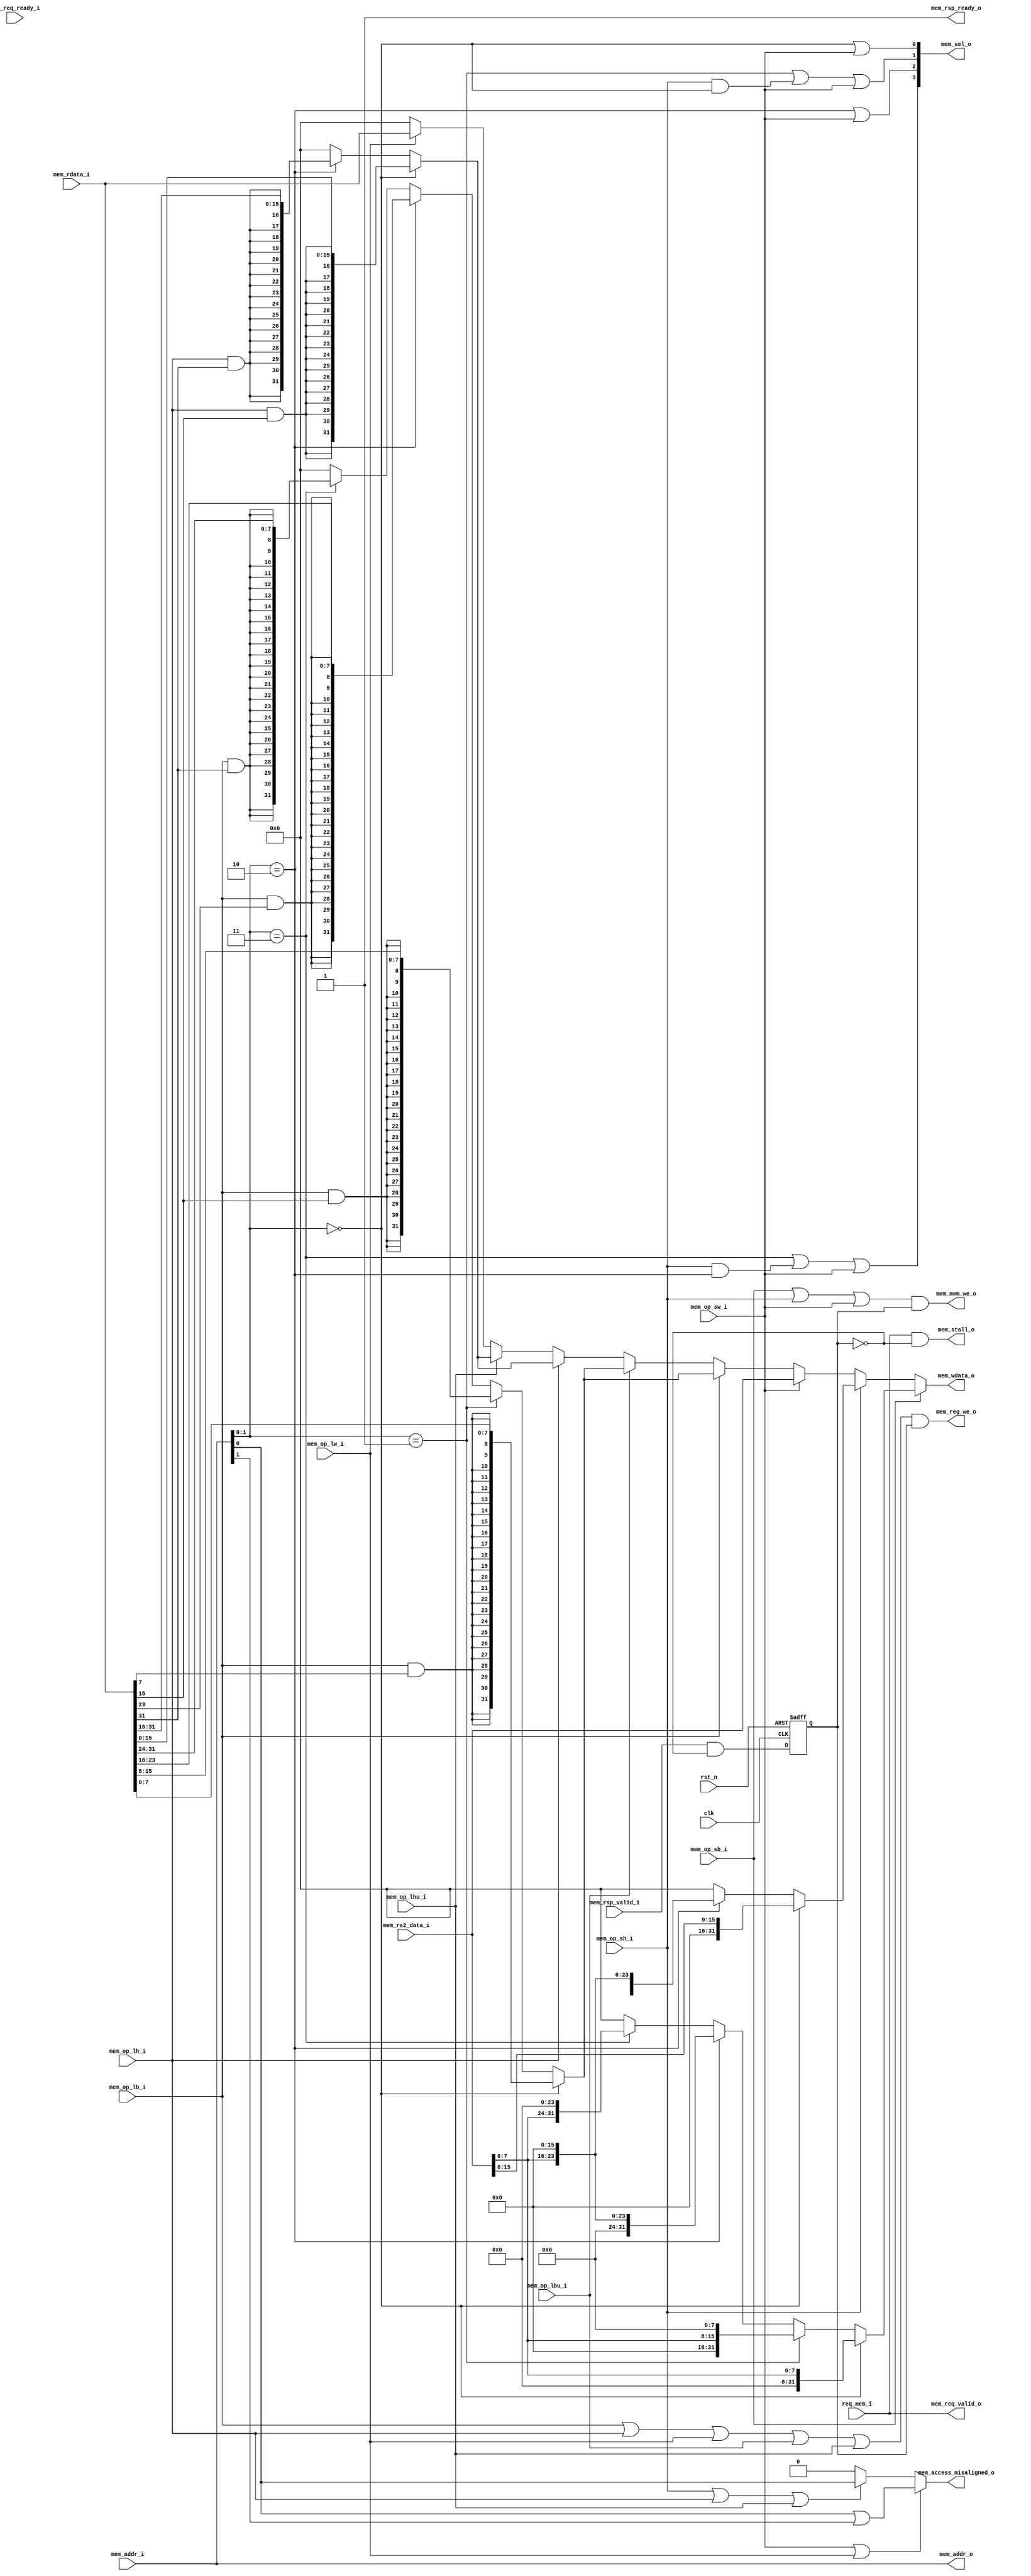
module exu_mem(

    input wire clk,
    input wire rst_n,

    input req_mem_i,
    input wire[31:0] mem_addr_i,
    input wire[31:0] mem_rs2_data_i,
    input wire[31:0] mem_rdata_i,
    input wire mem_req_ready_i,
    input wire mem_rsp_valid_i,
    input wire mem_op_lb_i,
    input wire mem_op_lh_i,
    input wire mem_op_lw_i,
    input wire mem_op_lbu_i,
    input wire mem_op_lhu_i,
    input wire mem_op_sb_i,
    input wire mem_op_sh_i,
    input wire mem_op_sw_i,

    output wire mem_access_misaligned_o,
    output wire mem_stall_o,
    output wire[31:0] mem_addr_o,
    output wire[31:0] mem_wdata_o,
    output wire mem_reg_we_o,
    output wire mem_mem_we_o,
    output wire[3:0] mem_sel_o,
    output wire mem_req_valid_o,
    output wire mem_rsp_ready_o

    );


    wire[1:0] mem_addr_index = mem_addr_i[1:0];
    wire mem_addr_index00 = (mem_addr_index == 2'b00);
    wire mem_addr_index01 = (mem_addr_index == 2'b01);
    wire mem_addr_index10 = (mem_addr_index == 2'b10);
    wire mem_addr_index11 = (mem_addr_index == 2'b11);

    assign mem_sel_o[0] = mem_addr_index00 | mem_op_sw_i;
    assign mem_sel_o[1] = mem_addr_index01 | (mem_op_sh_i & mem_addr_index00) | mem_op_sw_i;
    assign mem_sel_o[2] = mem_addr_index10 | mem_op_sw_i;
    assign mem_sel_o[3] = mem_addr_index11 | (mem_op_sh_i & mem_addr_index10) | mem_op_sw_i;

    reg[31:0] sb_res;

    always @ (*) begin
        sb_res = 32'h0;
        case (1'b1)
            mem_addr_index00: sb_res = {24'h0, mem_rs2_data_i[7:0]};
            mem_addr_index01: sb_res = {16'h0, mem_rs2_data_i[7:0], 8'h0};
            mem_addr_index10: sb_res = {8'h0, mem_rs2_data_i[7:0], 16'h0};
            mem_addr_index11: sb_res = {mem_rs2_data_i[7:0], 24'h0};
        endcase
    end

    reg[31:0] sh_res;

    always @ (*) begin
        sh_res = 32'h0;
        case (1'b1)
            mem_addr_index00: sh_res = {16'h0, mem_rs2_data_i[15:0]};
            mem_addr_index10: sh_res = {mem_rs2_data_i[15:0], 16'h0};
        endcase
    end

    wire[31:0] sw_res = mem_rs2_data_i;

    reg[31:0] lb_res;

    always @ (*) begin
        lb_res = 32'h0;
        case (1'b1)
            mem_addr_index00: lb_res = {{24{mem_op_lb_i & mem_rdata_i[7]}}, mem_rdata_i[7:0]};
            mem_addr_index01: lb_res = {{24{mem_op_lb_i & mem_rdata_i[15]}}, mem_rdata_i[15:8]};
            mem_addr_index10: lb_res = {{24{mem_op_lb_i & mem_rdata_i[23]}}, mem_rdata_i[23:16]};
            mem_addr_index11: lb_res = {{24{mem_op_lb_i & mem_rdata_i[31]}}, mem_rdata_i[31:24]};
        endcase
    end

    reg[31:0] lh_res;

    always @ (*) begin
        lh_res = 32'h0;
        case (1'b1)
            mem_addr_index00: lh_res = {{24{mem_op_lh_i & mem_rdata_i[15]}}, mem_rdata_i[15:0]};
            mem_addr_index10: lh_res = {{24{mem_op_lh_i & mem_rdata_i[31]}}, mem_rdata_i[31:16]};
        endcase
    end

    wire[31:0] lw_res = mem_rdata_i;

    reg[31:0] mem_wdata;

    always @ (*) begin
        mem_wdata = 32'h0;
        case (1'b1)
            mem_op_sb_i:  mem_wdata = sb_res;
            mem_op_sh_i:  mem_wdata = sh_res;
            mem_op_sw_i:  mem_wdata = sw_res;
            mem_op_lb_i:  mem_wdata = lb_res;
            mem_op_lbu_i: mem_wdata = lb_res;
            mem_op_lh_i:  mem_wdata = lh_res;
            mem_op_lhu_i: mem_wdata = lh_res;
            mem_op_lw_i:  mem_wdata = lw_res;
        endcase
    end

    assign mem_wdata_o = mem_wdata;

    wire mem_req_hsked = (mem_req_valid_o & mem_req_ready_i);
    wire mem_rsp_hsked = (mem_rsp_valid_i & mem_rsp_ready_o);

    reg mem_rsp_hsked_r;

    always @ (posedge clk or negedge rst_n) begin
        if (!rst_n) begin
            mem_rsp_hsked_r <= 1'b0;
        end else begin
            mem_rsp_hsked_r <= mem_rsp_hsked & (~mem_rsp_hsked_r);
        end
    end

    assign mem_rsp_ready_o = 1'b1;

    // 
    assign mem_req_valid_o = req_mem_i;
    // 
    assign mem_stall_o = req_mem_i & (~mem_rsp_hsked_r);
    // 
    assign mem_addr_o = mem_addr_i;

    // ack
    assign mem_reg_we_o = (mem_op_lb_i | mem_op_lh_i | mem_op_lw_i | mem_op_lbu_i | mem_op_lhu_i) & mem_rsp_hsked_r;

    // 
    assign mem_mem_we_o = (mem_op_sb_i | mem_op_sh_i | mem_op_sw_i) & mem_rsp_hsked_r;

    assign mem_access_misaligned_o = (mem_op_sw_i | mem_op_lw_i)? (mem_addr_i[0] | mem_addr_i[1]):
                                     (mem_op_sh_i | mem_op_lh_i | mem_op_lhu_i)? mem_addr_i[0]:
                                     0;

endmodule